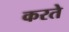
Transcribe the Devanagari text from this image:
करतेे